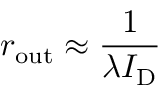
r _ { \mathrm { o u t } } \approx { \frac { 1 } { \lambda I _ { \mathrm { D } } } }